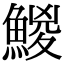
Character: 鯼